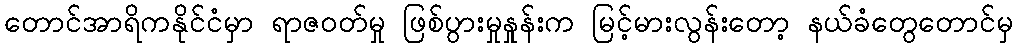
တောင်အာရိကနိုင်ငံမှာ ရာဇဝတ်မှု ဖြစ်ပွားမှုနှုန်းက မြင့်မားလွန်းတော့ နယ်ခံတွေတောင်မှ